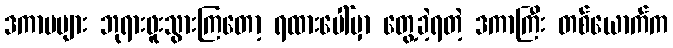
ဒကာမများ ဘုရားဖူးသွားကြတော့ ရထားပေါ်မှာ တွေ့ခဲ့ရတဲ့ ဒကာကြီး တစ်ယောက်က